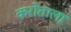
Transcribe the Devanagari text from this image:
करोताला